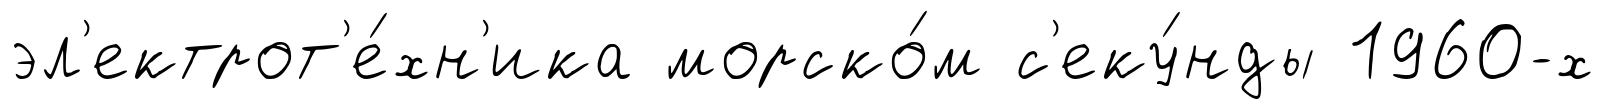
эл'ектрот'е́хн'ика морско́м с'еку́нды 1960-х